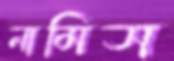
নামিস